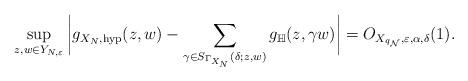
LaTeX: \begin{align*}\sup_{z,w\in Y_{N,\varepsilon}}\bigg|g_{X_{N},\mathrm{hyp}}(z,w)-\sum_{\gamma\in S_{\Gamma_{X_{N}}}(\delta;z,w)}g_{\mathbb{H}}(z,\gamma w)\bigg|=O_{X_{q_{\mathcal{N}}},\varepsilon,\alpha,\delta}(1). \end{align*}